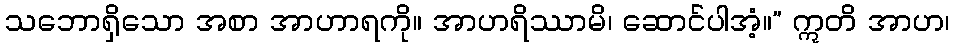
သဘောရှိသော အစာ အာဟာရကို။ အာဟရိဿာမိ၊ ဆောင်ပါအံ့။” ဣတိ အာဟ၊